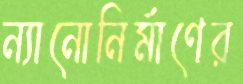
ন্যানোনির্মাণের